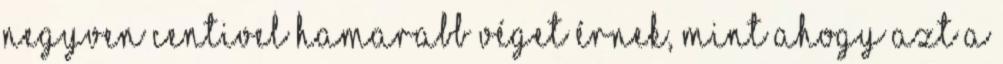
negyven centivel hamarabb véget érnek, mint ahogy azt a